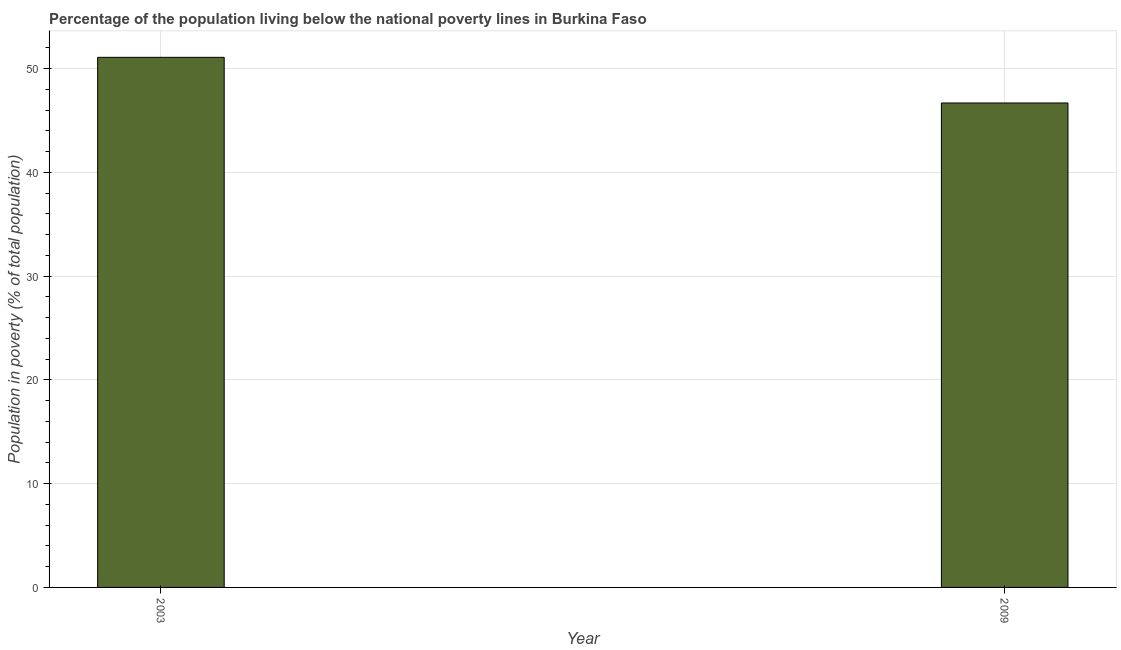
| Year | Poverty headcount ratio |
 | --- | --- |
 | 2003 | 51.1 |
 | 2009 | 46.7 |